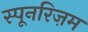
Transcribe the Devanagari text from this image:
स्पूनरिज़म